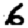
Digit: 6